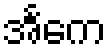
အင်္ကေ